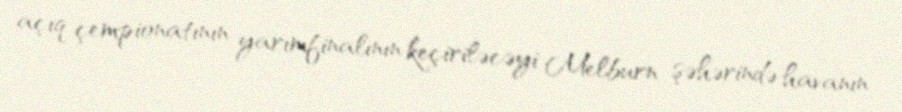
açıq çempionatının yarımfinalının keçiriləcəyi Melburn şəhərində havanın